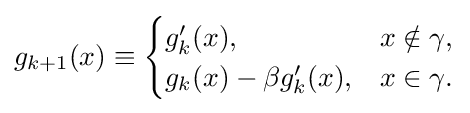
g_{k+1}(x)\equiv {\begin{cases}g'_{k}(x),&x\notin \gamma ,\\g_{k}(x)-\beta {g'_{k}(x)},&x\in \gamma .\end{cases}}